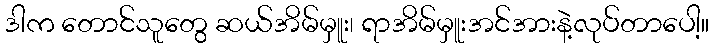
ဒါက တောင်သူတွေ ဆယ်အိမ်မှူး၊ ရာအိမ်မှူးအင်အားနဲ့လုပ်တာပေါ့။